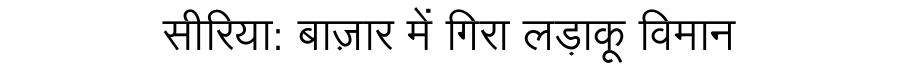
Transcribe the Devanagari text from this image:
सीरिया: बाज़ार में गिरा लड़ाकू विमान